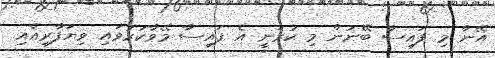
އޭނާ މި ފައިސާ ބޭނުން މި ކުރަނީ އެ ފައިސާ މޭވާކުރުވައި ވިޔަފާރިއާއި